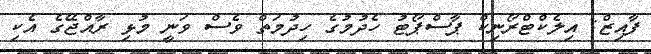
ފާއިޒް: އިލެކްޓްރޯނިކް ޕާސްޕޯޓު ހެދުމުގެ ހިދުމަތް ވެސް ވަނީ މުޅި ރާއްޖޭގެ އެކި